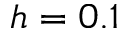
h = 0 . 1